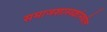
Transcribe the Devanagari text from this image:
समाजशास्त्रज्ञांमधील